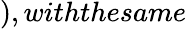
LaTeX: ),withthesame